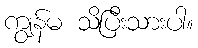
ကျွန်မ သိပြီးသားပါ။